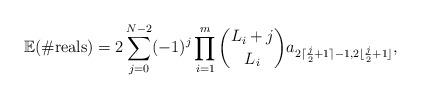
LaTeX: \begin{align*}\mathbb{E}(\#\mathrm{reals})=2\sum_{j=0}^{N-2}(-1)^j\prod_{i=1}^m\binom{L_i+j}{L_i}a_{2\lceil\frac j2+1\rceil-1,2\lfloor\frac j2+1\rfloor},\end{align*}